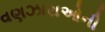
વણઝારાઓની